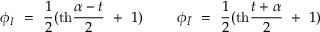
\phi _ { I } ~ = ~ { \frac { 1 } { 2 } } ( \mathrm { t h } { \frac { \alpha - t } { 2 } } ~ + ~ 1 ) ~ ~ ~ ~ ~ ~ ~ \phi _ { \bar { I } } ~ = ~ { \frac { 1 } { 2 } } ( \mathrm { t h } { \frac { t + \alpha } { 2 } } ~ + ~ 1 )